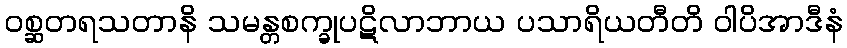
ဝစ္ဆတရသတာနိ သမန္တစက္ခုပဋိလာဘာယ ပသာရိယတီတိ ဝါပိအာဒီနံ